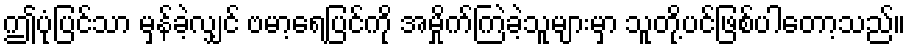
ဤပုံပြင်သာ မှန်ခဲ့လျှင် ဗမာ့ရေပြင်ကို အမှိုက်ကြဲခဲ့သူများမှာ သူတို့ပင်ဖြစ်ပါတော့သည်။